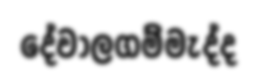
දේවාලගම්මැද්ද